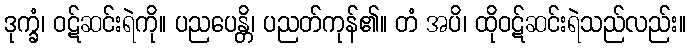
ဒုက္ခံ၊ ဝဋ်ဆင်းရဲကို။ ပညပေန္တိ၊ ပညတ်ကုန်၏။ တံ အပိ၊ ထိုဝဋ်ဆင်းရဲသည်လည်း။